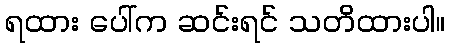
ရထား ပေါ်က ဆင်းရင် သတိထားပါ။